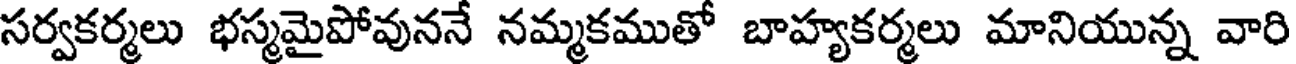
సర్వకర్మలు భస్మమైపోవుననే నమ్మకముతో బాహ్యకర్మలు మానియున్న వారి